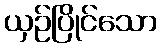
ယှဉ်ပြိုင်သော